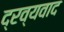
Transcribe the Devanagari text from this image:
द्रव्यवाद